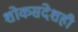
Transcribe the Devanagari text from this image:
शोकसंदेशही